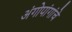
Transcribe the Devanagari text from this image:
अंगोपांगांचे